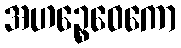
အဟဉ္စေဝေကော